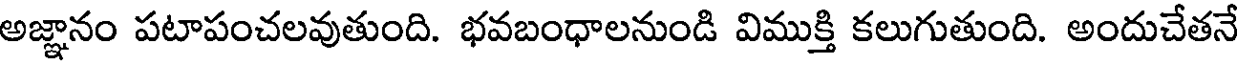
అజ్ఞానం పటాపంచలవుతుంది. భవబంధాలనుండి విముక్తి కలుగుతుంది. అందుచేతనే